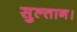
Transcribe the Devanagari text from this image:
सुल्तान।